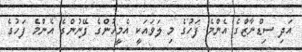
އަދި ސިޑްނާޒްގެ އެންމެ ފަހުގެ މި ލަވައަކީ އެމީހުންގެ ފޭނުންގެ އެންމެ ފަހުގެ